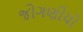
જોગણીયો